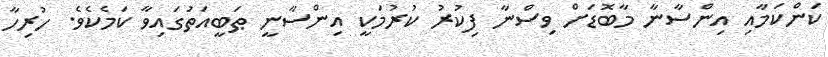
ކަންކަމާއި އިންސާނާ މާބޮޑަށް ވިސްނާ ފިކުރު ކުރުމަކީ އިންސާނީ ޠަބީއަތުގައިވާ ކަމެކެވެ. ހުރިހާ